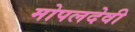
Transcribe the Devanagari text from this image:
मोपलदेवी